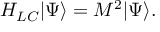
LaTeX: H _ { L C } \vert \Psi \rangle = M ^ { 2 } \vert \Psi \rangle .